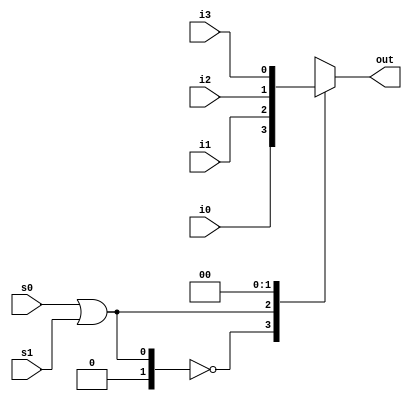
//Implementing a four is to one mux using Case Statement

module fouristoOneMuxUsingCaseStatement(
i0,  i1,  i2,  i3,  s0,  s1,  out
);
input wire i0,  i1,  i2,  i3;
input wire s0,s1;
output reg out;
always @(i0 or i1 or i2 or i3 or s0, s1)
begin

case(s0 | s1)
2'b00 :  out<=i0;
2'b01 :  out<=i1;
2'b10 :  out<=i2;
2'b11 :  out<=i3;
endcase

end
endmodule